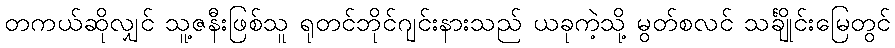
တကယ်ဆိုလျှင် သူ့ဇနီးဖြစ်သူ ရုတင်ဘိုင်ဂျင်းနားသည် ယခုကဲ့သို့ မွတ်စလင် သင်္ချိုင်းမြေတွင်